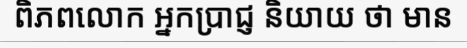
ពិភពលោក អ្នកប្រាជ្ញ និយាយ ថា មាន